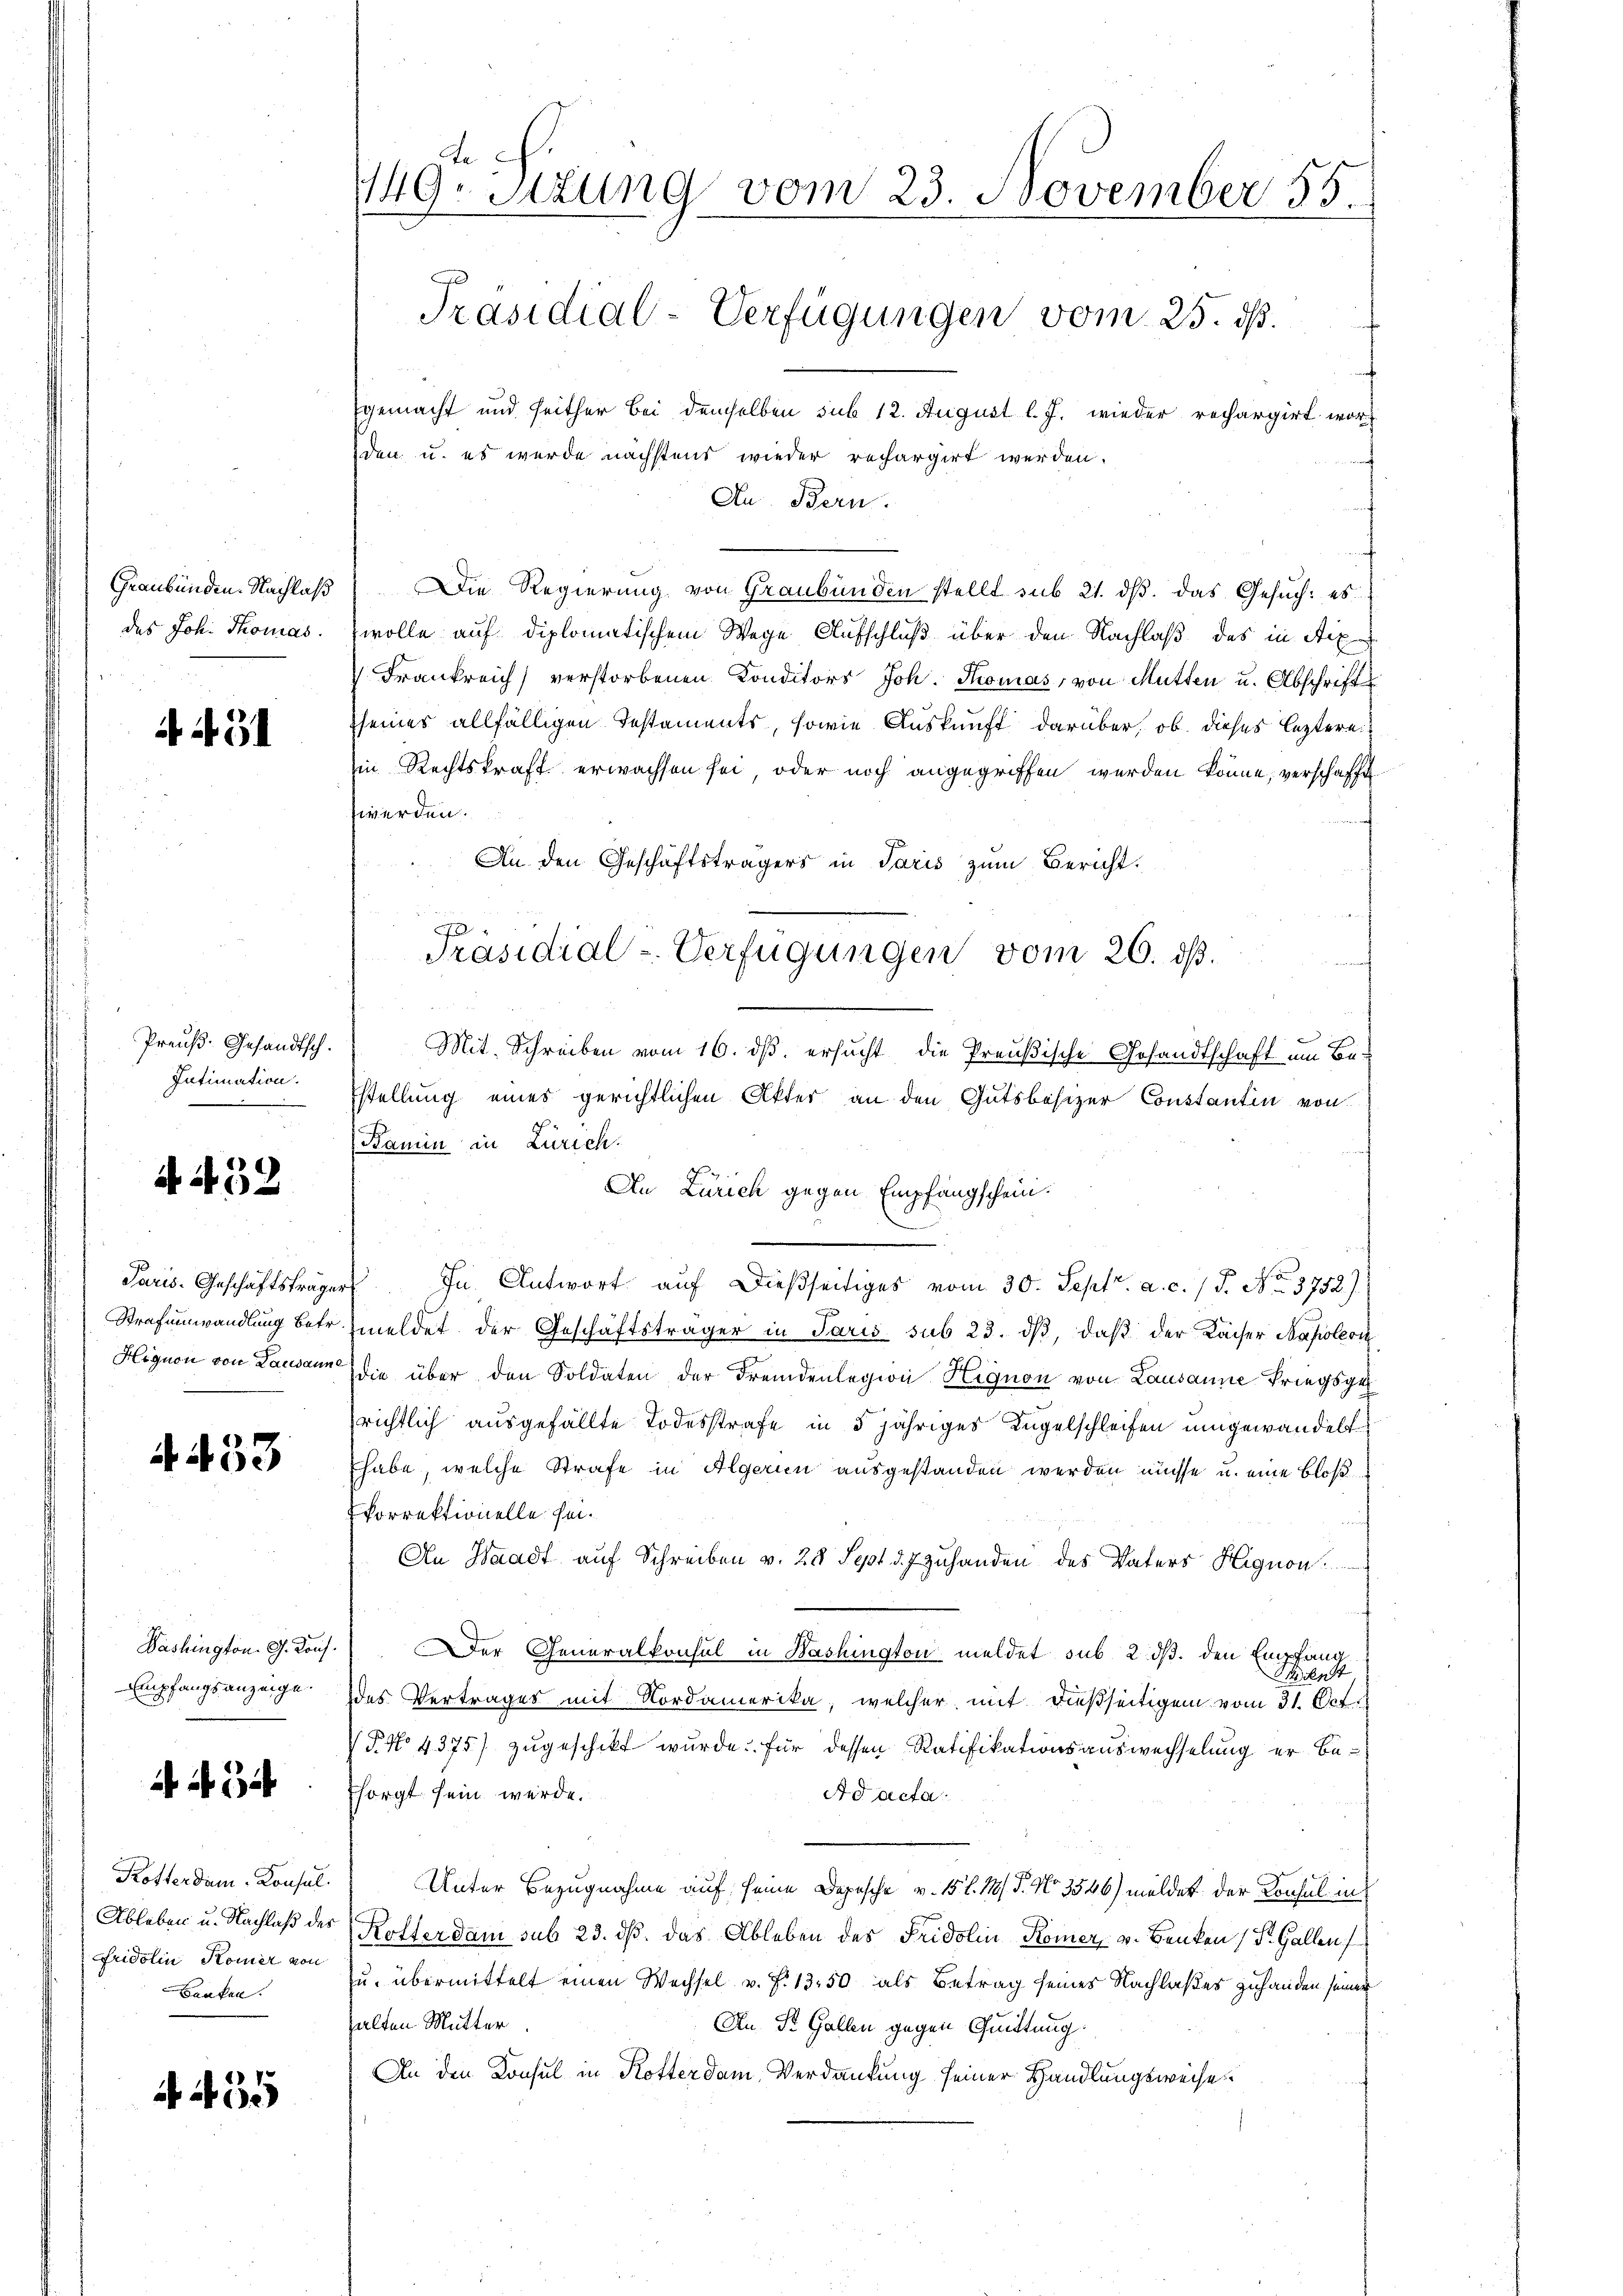
Graubünden. Nachlaß
des Joh. Thomas

4 431

Preuß. Gesandtsch.
Intimation.

A. 432

Paris. Geschäftsträger
Strafumwandlung betr.
Hignon von Lausanne

A 433

Dashington. G. Kons.
Empfangsanzeige.

1 34

Kosterdam-Konsul
Ableben u. Nachlaß des
Fridolin Komer von
Benken.

A 435

149. Sizung vom 23. November 55
Präsidial-Verfügungen vom 25. ds.

gemacht und seither Bei demselben sub 12. August l. J. wieder rechargirt worden u. es wurde nächstend wieder rechargirt werden.
Au. Bern.
Die Regierung von Graubünden stellt sub 21. dβ das Gesuch: es
wolle auf diplomatischem Wege Aufschluß über den Nachlaß des in Aix
Frankreich verstorbenen Konditors Joh. Thomas, von Mutten u. Abschrifts
seines allfälligen Testaments, sowie Auskunft darüber, ob dieses leztere
in Rechtskraft erwachsen sei, oder noch angegriffen werden könne, verschafft
werden.
An den Geschäftsträgers in Paris zum Bericht.

Mit Schreiben vom 16. dß ersucht, die Preußische Gesandtschaft um Bestellung eines gerichtlichen Akter an den Gutsbesizer Constantin von
Kamin in Zürich.
Jn Antwort auf dießseitiges vom 30. Sept. a. c. (T. No. 3752).
meldet der Geschäftsträger in Paris sub 23. dß, daß der Kaiser Napoleon
die über den Soldaten der Fremdenlegion Hignon von Lausanne Kriegsges
richtlich ausgefällte Todesstrafe in 5 jähriges Kugelschleifen umgewandelt
habe, welche Strafe in Algerin ausgestanden werden müsse u. eine bloß
korrektionelle sei¬
An Waadt auf Schreiben v. 28 Sept d. 7 zuhanden des Vaters Hignon
Der Generalkonsul in Washington meldet sub 2. dß. den Empfang,
nst
des Vertrages mit Nordamerika, welcher mit dießseitigen vom 31. Oct.
P No 4375) zugeschikt wurde. Für dessen Ratifikationsauswechselung er besorgt sein werde.
Ad acta
Unter Bezugnahme auf seine Depesche v. 15 l. 11. P. No. 3546) meldet der Konsul in
Rotterdam sub 23. dß. das Ableben des Fridolin-Römer, v. Benken (S. Gallen
. übermittelt einen Wechsel v. P. 1350 als Betrag seines Nachlaßes zuhanden seiner
alten Mutter
An K. Gallen gegen Quittung.
An den Konsul in Rotter dem Verdankung seiner Handlungsweise.

Präsidial-Verfügungen vom 26. ds.

An Zürich gegen Empfangschein.